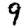
Digit: 9